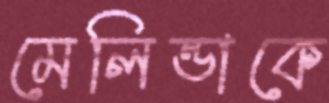
মেলিন্ডাকে